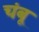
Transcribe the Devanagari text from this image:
चंबू